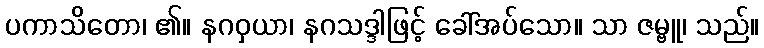
ပကာသိတော၊ ၏။ နဂဝှယာ၊ နဂသဒ္ဒါဖြင့် ခေါ်အပ်သော။ သာ ဇမ္ဗူ၊ သည်။